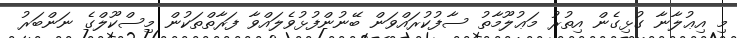
މި އިޢުލާނާ ގުޅިގެން އިތުރު މަޢުލޫމާތު ސާފުކުރައްވަން ބޭނުންފުޅުވެލައްވާ ފަރާތްތަކުން މިސްކޫލްގެ ނަންބަރު